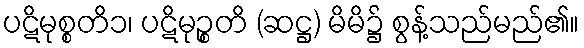
ပဋိမုစ္စတိ၁၊ ပဋိမုဉ္စတိ (ဆဋ္ဌ) မိမိ၌ စွန့်သည်မည်၏။